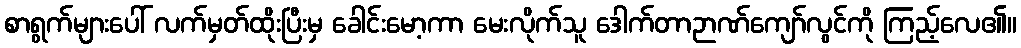
စာရွက်များပေါ် လက်မှတ်ထိုးပြီးမှ ခေါင်းမော့ကာ မေးလိုက်သူ ဒေါက်တာဉာဏ်ကျော်လွင်ကို ကြည့်လေ၏။